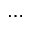
\cdots